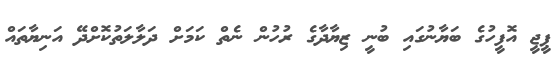
ޕީޖީ އޮފީހުގެ ބަޔާނުގައި ބުނީ ޒިޔާދާގެ ރުހުން ނެތް ކަމަށް ދަލާލަތުކޮށްދޭ އަނިޔާތައް